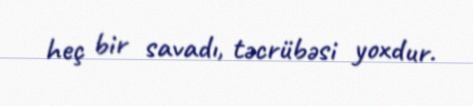
heç bir savadı, təcrübəsi yoxdur.